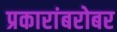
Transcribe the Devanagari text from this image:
प्रकारांबरोबर